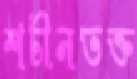
শচীনভক্ত